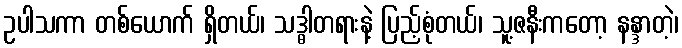
ဥပါသကာ တစ်ယောက် ရှိတယ်၊ သဒ္ဓါတရားနဲ့ ပြည့်စုံတယ်၊ သူ့ဇနီးကတော့ နန္ဒာတဲ့၊